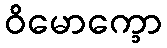
ဝိမောက္ခော